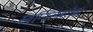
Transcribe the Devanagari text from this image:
स्वप्निलबरोबर